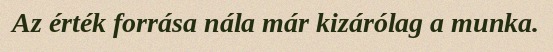
Az érték forrása nála már kizárólag a munka.